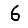
Digit: 6